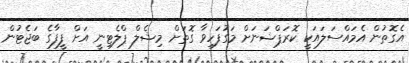
އެގޮތުން އެމައްސަލައަކީ ކޮރަޕްޝަނަށް މަގުފަހިވާ ގޮތަށް މިޝެލް ޕްލެޓިނީ އަށް ފީފާގެ ބަޖެޓުން